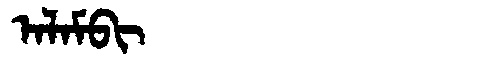
Manchu: ᠠᠯᠠᠮᠪᡳ
Romanization: ALAMBI